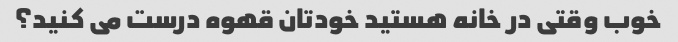
خوب وقتی در خانه هستید خودتان قهوه درست می کنید؟